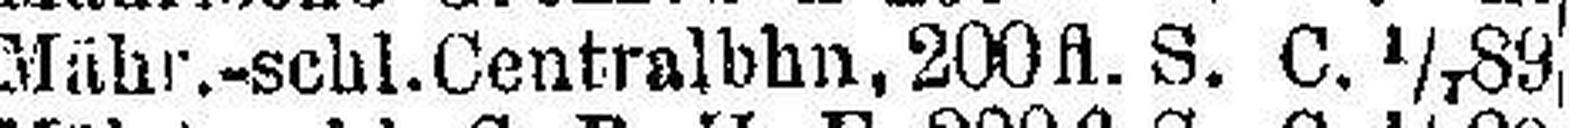
Mähr.-schl. Centralbahn, 200 fl. S. C. 1/7 89